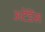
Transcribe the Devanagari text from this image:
अटेंडेंस